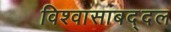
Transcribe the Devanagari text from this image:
विश्वासाबद्दल